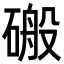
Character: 䃑